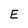
Character: E